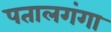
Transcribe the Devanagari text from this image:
पतालगंगा